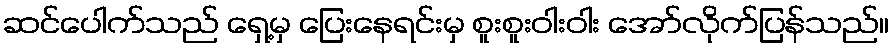
ဆင်ပေါက်သည် ရှေ့မှ ပြေးနေရင်းမှ စူးစူးဝါးဝါး အော်လိုက်ပြန်သည်။